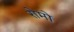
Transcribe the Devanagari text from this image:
रोमो